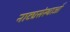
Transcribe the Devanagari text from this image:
नाट्यसंस्थाओं